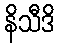
နိသီဒိ